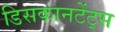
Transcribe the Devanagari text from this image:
डिसकानटेंट्स